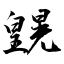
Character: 皩